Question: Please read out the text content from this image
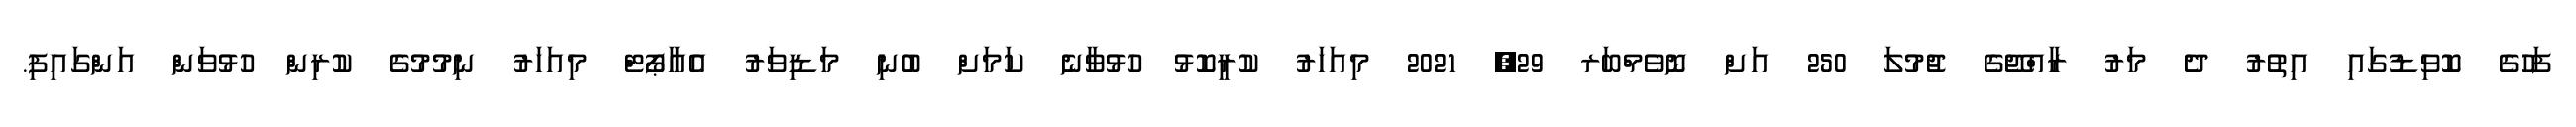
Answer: ފަހުގެ ކޮވިޑުގައި އިތުރު ދެ މަރު ރާއްޖޭގެ ޖުމުލަ 250 އަށް ނޮވެމްބަރ 29, 2021 މިއަހަރު ކުރީކޮޅު ހުޅުވާނެ ކަމަށް ބުނި މަޑިވަރު އެއާޕޯޓް މިއަހަރު ނިމުމުގެ ކުރިން ހުޅުވަން އަންގައިފި.